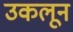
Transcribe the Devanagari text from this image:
उकलून